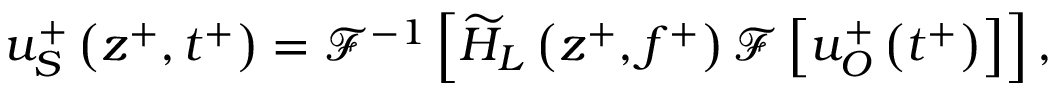
u _ { S } ^ { + } \left( z ^ { + } , t ^ { + } \right) = \mathcal { F } ^ { - 1 } \left[ \widetilde { H } _ { L } \left( z ^ { + } , f ^ { + } \right) \mathcal { F } \left[ u _ { O } ^ { + } \left( t ^ { + } \right) \right] \right] ,